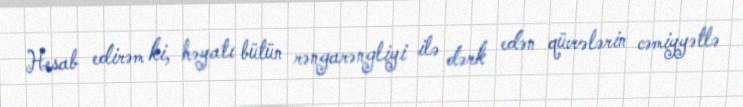
Hesab edirəm ki, həyatı bütün rəngarəngliyi ilə dərk edən qüvvələrin cəmiyyətlə